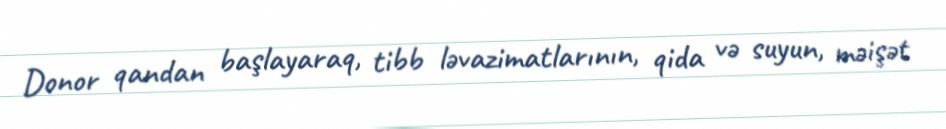
Donor qandan başlayaraq, tibb ləvazimatlarının, qida və suyun, məişət